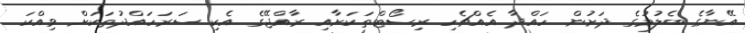
އޭނާގެ ބެލުމުގެ ދަށުން ހައްދާ އެއްޗެހި ރިސޯޓްތަކަށާއި ރާއްޖޭގެ އެކި ސަރަހައްދުތަކަށް ވިއްކަ